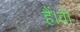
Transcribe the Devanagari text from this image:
हैं।वो